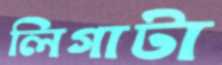
লিগাটা